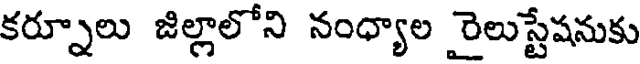
కర్నూలు జిల్లాలోని నంధ్యాల రైలుస్టేషనుకు